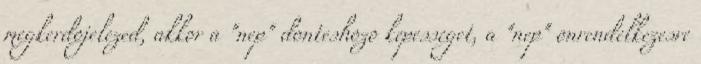
megkerdojelezed, akkor a "nep" donteshozo kepesseget, a "nep" onrendelkezesre